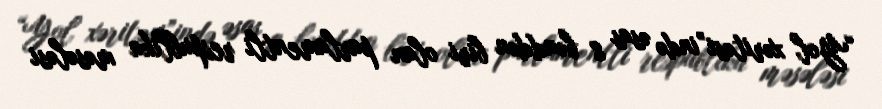
“Yol xəritəsi”ində əsas 8 bənddən biri olan parlamentli respublika məsələsi